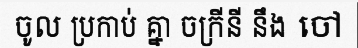
ចូល ប្រកាប់ គ្នា ចក្រីនី នឹង ចៅ